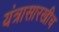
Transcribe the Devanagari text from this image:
यंत्रासारखीच